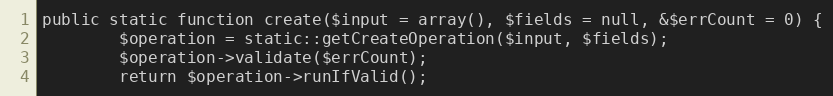
Language: PHP
public static function create($input = array(), $fields = null, &$errCount = 0) {
		$operation = static::getCreateOperation($input, $fields);
		$operation->validate($errCount);
		return $operation->runIfValid();